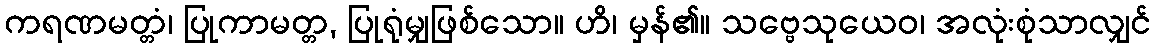
ကရဏမတ္တံ၊ ပြုကာမတ္တ, ပြုရုံမျှဖြစ်သော။ ဟိ၊ မှန်၏။ သဗ္ဗေသုယေဝ၊ အလုံးစုံသာလျှင်